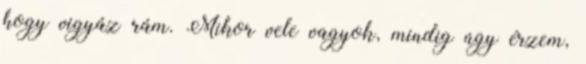
hogy vigyáz rám. Mikor vele vagyok, mindig úgy érzem,